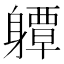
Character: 𨊈